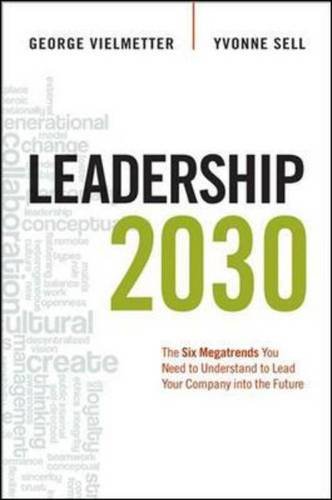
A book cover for Leadership 2030: The Six Megatrends You Need to Understand to Lead Your Company into the Future; Georg Vielmetter; Business & Money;